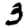
Digit: 3